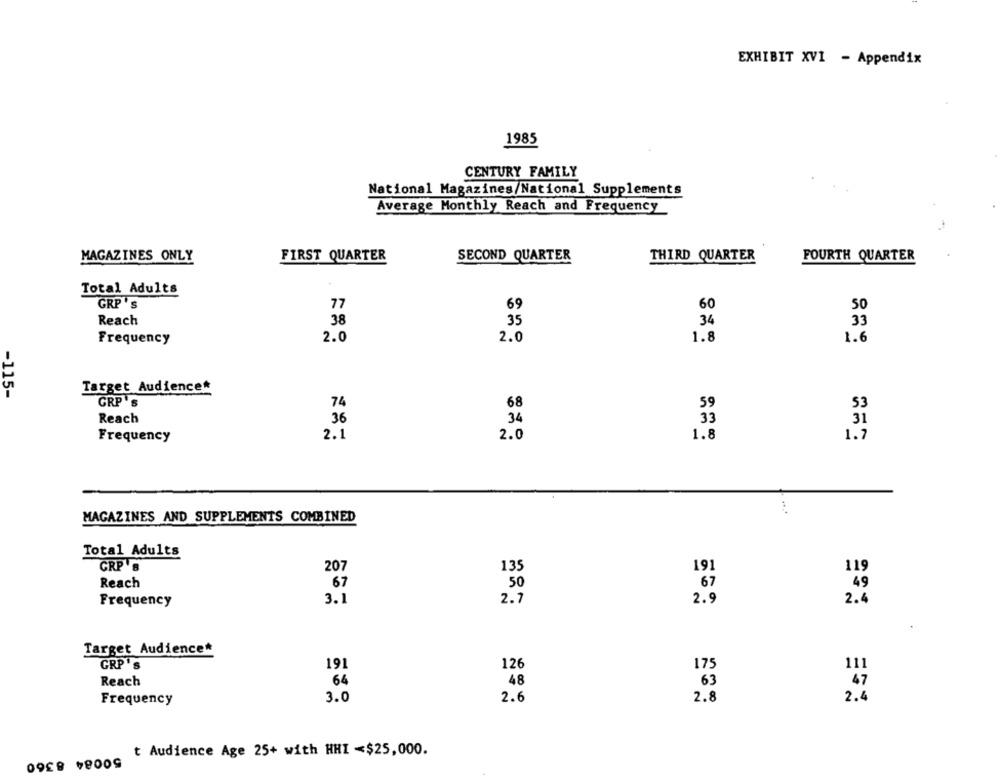
EXHIBIT XVI - Appendix
1985
CENTURY FAMILY
National Magazines/National Supplements
Average Monthly Reach and Frequency
MAGAZINES ONLY
FIRST QUARTER
SECOND QUARTER
THIRD QUARTER
FOURTH QUARTER
Total Adults
GRP'S
69
77
60
50
38
35
34
Reach
33
Frequency
2.0
2.0
1.8
1.6
Target Audience*
-115-
GRP's
74
68
59
53
Reach
36
34
33
31
Frequency
2.1
2.0
1.8
1.7
MAGAZINES AND SUPPLEMENTS COMBINED
Total Adults
GRP'B
207
135
191
119
Reach
67
50
67
49
3.1
2.7
2.9
2.4
Frequency
Target Audience*
GRP 's
191
126
175
111
Reach
64
48
63
47
Frequency
3.0
2.6
2.8
2.4
t Audience Age 25+ with HHI -$25,000.
50084 8360